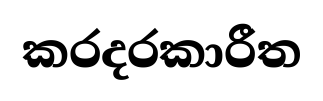
කරදරකාරීත